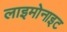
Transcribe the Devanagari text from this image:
लाइमोनाइट